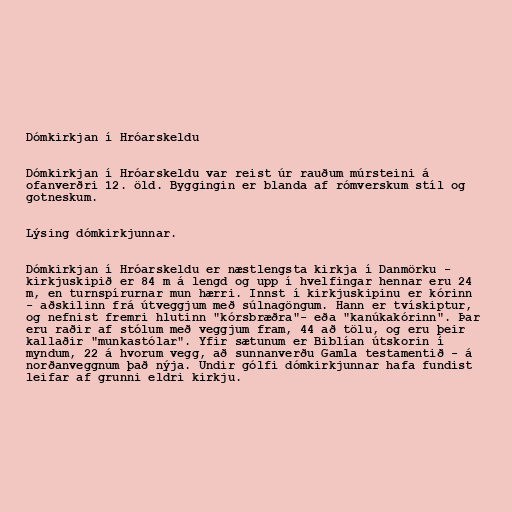
Dómkirkjan í Hróarskeldu

Dómkirkjan í Hróarskeldu var reist úr rauðum múrsteini á
ofanverðri 12. öld. Byggingin er blanda af rómverskum stíl og
gotneskum.

Lýsing dómkirkjunnar.

Dómkirkjan í Hróarskeldu er næstlengsta kirkja í Danmörku -
kirkjuskipið er 84 m á lengd og upp í hvelfingar hennar eru 24
m, en turnspírurnar mun hærri. Innst í kirkjuskipinu er kórinn
- aðskilinn frá útveggjum með súlnagöngum. Hann er tvískiptur,
og nefnist fremri hlutinn "kórsbræðra"- eða "kanúkakórinn". Þar
eru raðir af stólum með veggjum fram, 44 að tölu, og eru þeir
kallaðir "munkastólar". Yfir sætunum er Biblían útskorin í
myndum, 22 á hvorum vegg, að sunnanverðu Gamla testamentið - á
norðanveggnum það nýja. Undir gólfi dómkirkjunnar hafa fundist
leifar af grunni eldri kirkju.